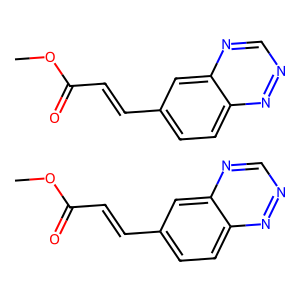
SMILES: COC(=O)C=Cc1ccc2nncnc2c1.COC(=O)C=Cc1ccc2nncnc2c1
Inhibits HIV replication: No